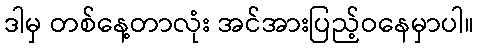
ဒါမှ တစ်နေ့တာလုံး အင်အားပြည့်ဝနေမှာပါ။